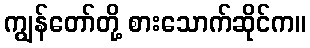
ကျွန်တော်တို့ စားသောက်ဆိုင်က။